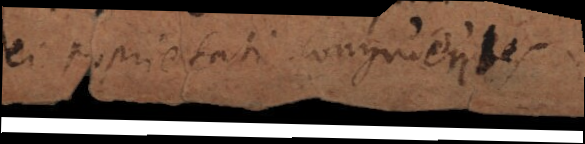
ei proprietati congruentes